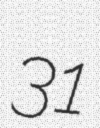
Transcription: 31